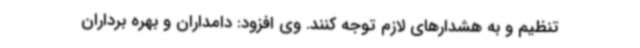
تنظیم و به هشدارهای لازم توجه کنند. وی افزود: دامداران و بهره ‌برداران